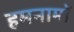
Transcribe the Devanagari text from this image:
हमनामों